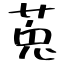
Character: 莵